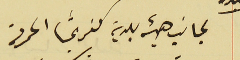
لجانب هيئة بلدية كفرشيما المحىرمة